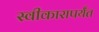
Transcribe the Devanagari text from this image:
स्वीकारापर्यंत